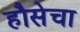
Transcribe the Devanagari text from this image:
हौसेचा